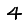
Digit: 4